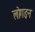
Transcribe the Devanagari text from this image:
लोगइन